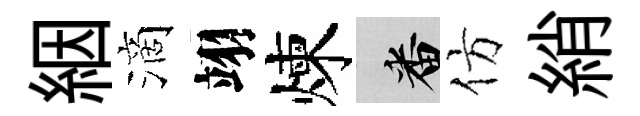
絪滴翊煉番仿綃